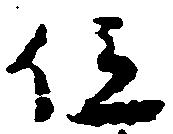
位